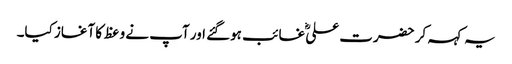
یہ کہہ کر حضرت علیؓ غائب ہوگئے اور آپ نے وعظ کا آغاز کیا۔